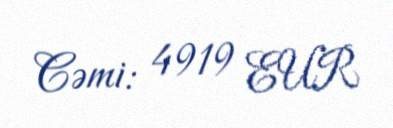
Cəmi: 4919 EUR